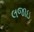
લજાઇ